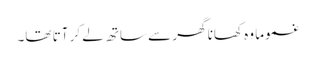
غموما وہ کھانا گھر سے ساتھ لے کر آتا تھا۔